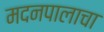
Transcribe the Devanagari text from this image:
मदनपालाचा